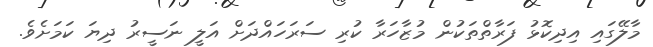
މާލޭގައި އިދިކޮޅު ފަރާތްތަކުން މުޒާހަރާ ކުރި ސަރަހައްދަށް އަލީ ނަސީރު ދިޔަ ކަމަށެވެ.